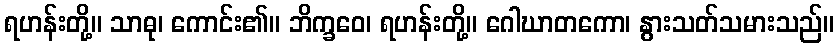
ရဟန်းတို့။ သာဓု၊ ကောင်း၏။ ဘိက္ခဝေ၊ ရဟန်းတို့။ ဂေါဃာတကော၊ နွားသတ်သမားသည်။